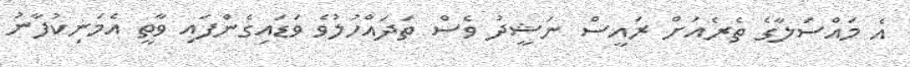
އެ މައްސަލާގެ ތެރެއަށް ރައީސް ނަޝީދު ވެސް ތަދައްހުލުވެ ވަޑައިގެންފައި ވާތީ އެމަނިކުފާނު